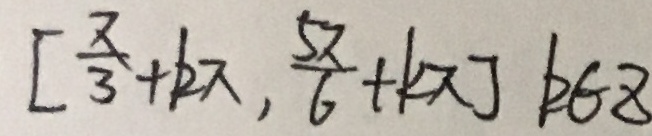
[ \frac { \pi } { 3 } + k \pi , \frac { 5 \pi } { 6 } + k \pi ] k \in z